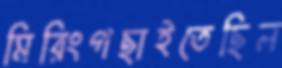
মিরিংগছাইতেছিল